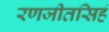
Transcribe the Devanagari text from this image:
रणजीतसिहं